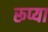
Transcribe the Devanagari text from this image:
रूप्या